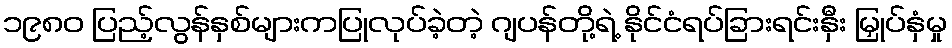
၁၉၈၀ ပြည့်လွန်နှစ်များကပြုလုပ်ခဲ့တဲ့ ဂျပန်တို့ရဲ့ နိုင်ငံရပ်ခြားရင်းနှီး မြှုပ်နှံမှု